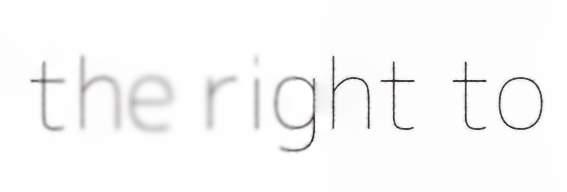
the right to